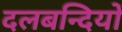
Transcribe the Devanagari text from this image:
दलबन्दियों